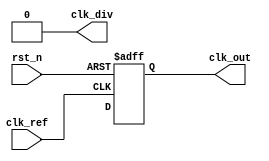
module SigmaDeltaPLL (
    input wire clk_ref,        // Reference clock input
    input wire rst_n,          // Active low reset
    output wire clk_out,       // Output clock from VCO
    output wire clk_div        // Divided output clock
);

    // Parameters
    parameter N = 8;           // Order of the sigma-delta modulator
    parameter VCO_MAX_FREQ = 100; // Max frequency for simulation
    parameter VCO_MIN_FREQ = 10;  // Min frequency for simulation
    parameter LOOP_FILTER_GAIN = 4; // Gain for the loop filter

    // Internal signals
    reg [N-1:0] phase_error;   // Phase error signal from PD
    wire modulated_signal;      // 1-bit output from sigma-delta modulator
    reg control_voltage;        // Control voltage for VCO
    reg vco_output;             // Output from VCO
    reg [3:0] divider;          // Divider for feedback

    // Phase Detector (PD)
    always @(posedge clk_ref or negedge rst_n) begin
        if (!rst_n) begin
            phase_error <= 0;
        end else begin
            // Basic phase error detection: Can be adjusted for actual implementation
            phase_error <= phase_error + 1; // Example operation
        end
    end

    // Sigma-Delta Modulator
    always @(posedge clk_ref or negedge rst_n) begin
        if (!rst_n) begin
            control_voltage <= 0;
        end else begin
            // Simple Sigma-Delta Modulator: Example logic
            control_voltage <= control_voltage + (phase_error[0] ? 1 : -1); // Feedback
            if (control_voltage > VCO_MAX_FREQ) control_voltage <= VCO_MAX_FREQ;
            if (control_voltage < VCO_MIN_FREQ) control_voltage <= VCO_MIN_FREQ;
        end
    end

    // Voltage-Controlled Oscillator (VCO)
    always @(posedge clk_ref or negedge rst_n) begin
        if (!rst_n) begin
            vco_output <= 0;
        end else begin
            vco_output <= vco_output + control_voltage[3:0]; // Update frequency output based on control voltage
        end
    end

    // Divider
    always @(posedge clk_ref or negedge rst_n) begin
        if (!rst_n) begin
            divider <= 0;
        end else begin
            divider <= divider + 1;
        end
    end

    assign clk_out = vco_output;       // Routed VCO output
    assign clk_div = (divider[N-1]) ? clk_out : 0; // Example of division logic

endmodule